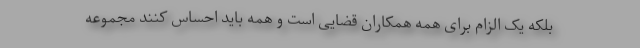
بلکه یک الزام برای همه همکاران قضایی است و همه باید احساس کنند مجموعه